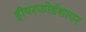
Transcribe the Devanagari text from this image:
हीयरफोर्डशायर